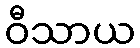
ဝီသာယ